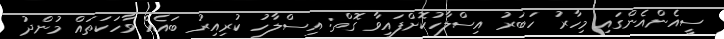
ސީއެންއެންގައި މިހާރު ހަބަރު އިސްލާހުކޮށްފައިވާ ގޮތް: އިސްލާހު ކުރިއިރު ބައެއް ވާހަކަތައް މުންދު